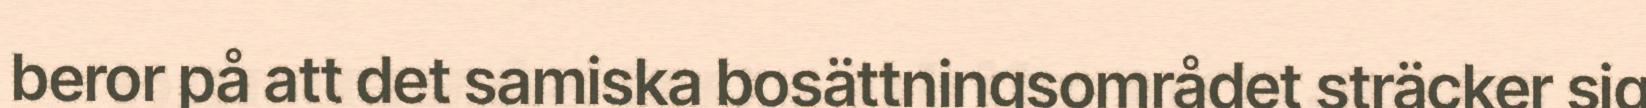
beror på att det samiska bosättningsområdet sträcker sig